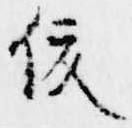
俊